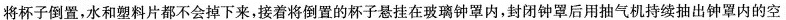
将杯子倒置，水和塑料片都不会掉下来，接着将倒置的杯子悬挂在玻璃钟罩内，封闭钟罩后用抽气机持续抽出钟罩内的空